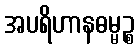
အပရိဟာနဓမ္မဉ္စ